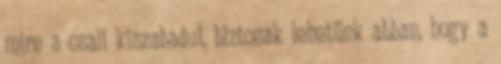
mire a csali kiszabadul, biztosak lehetünk abban, hogy a